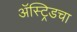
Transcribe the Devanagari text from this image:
ॲस्ट्रिडचा